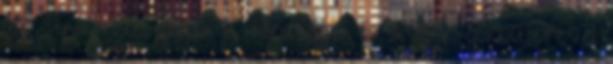
az unalmas dolgot a tömeggel és a tér görbületével